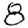
Digit: 8